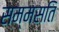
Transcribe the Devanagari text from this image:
सम्मसति